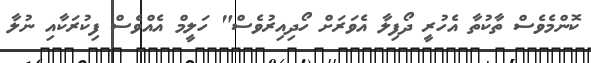
ކޮންމެވެސް ތާކުތާ އެހުރީ ދޯފިލާ އެވަރަށް ހޯދިއިރުވެސް" ހަލީމް އެއްވެސް ފިކުރަކާއި ނުލާ